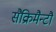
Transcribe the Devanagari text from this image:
सैक्रिमैन्टौ